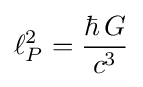
\ell _{P}^{2}={\frac {\hbar \,G}{c^{3}}}